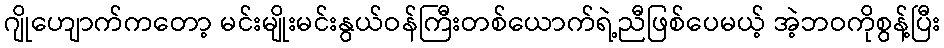
ဂျိုဟျောက်ကတော့ မင်းမျိုးမင်းနွယ်ဝန်ကြီးတစ်ယောက်ရဲ့ညီဖြစ်ပေမယ့် အဲ့ဘဝကိုစွန့်ပြီး